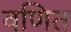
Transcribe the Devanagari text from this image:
वणित